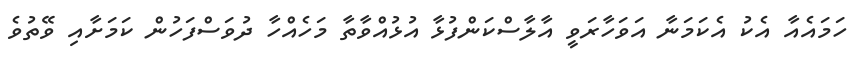
ހަމައެއާ އެކު އެކަމަނާ އަވަހާރަވީ އާލާސްކަންފުޅާ އުޅުއްވާތާ މަހެއްހާ ދުވަސްފަހުން ކަމަށާއި ވޭތުވެ